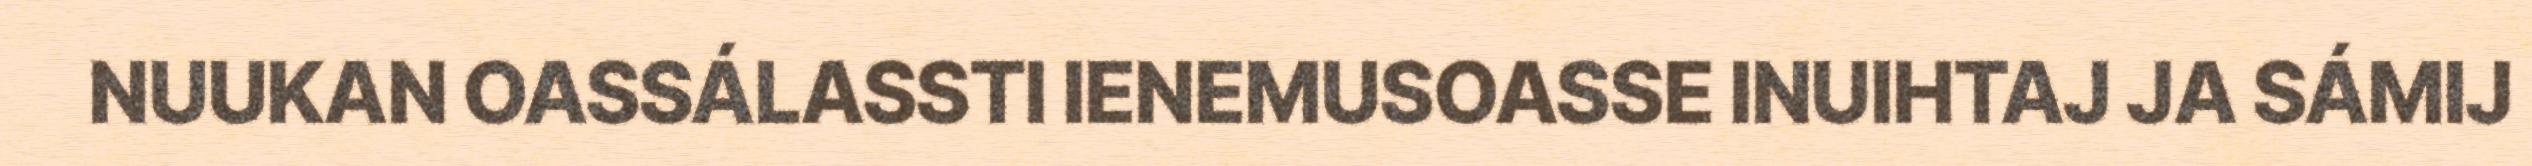
NUUKAN OASSÁLASSTI IENEMUSOASSE INUIHTAJ JA SÁMIJ